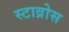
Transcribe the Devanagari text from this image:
स्टाव्रोस